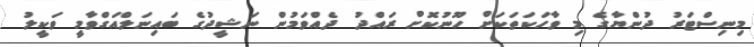
މިނިސްޓަރު ދުންޔާގެ މި ވާހަކަތަކަށް ހޫނުކޮށް ރައްދު ދެއްވަމުން ނަޝީދުގެ ބައިނަލްއަގްވާމީ ވަކީލު